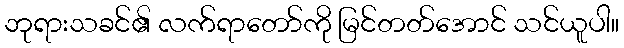
ဘုရားသခင်၏ လက်ရာတော်ကို မြင်တတ်အောင် သင်ယူပါ။